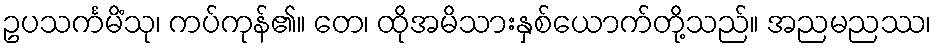
ဥပသင်္ကမိံသု၊ ကပ်ကုန်၏။ တေ၊ ထိုအမိသားနှစ်ယောက်တို့သည်။ အညမညဿ၊